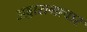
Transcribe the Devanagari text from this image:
अड्डासमाचार